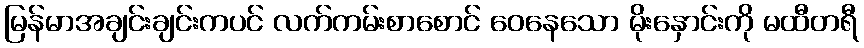
မြန်မာအချင်းချင်းကပင် လက်ကမ်းစာစောင် ဝေနေသော မိုးနှောင်းကို မထီတရီ